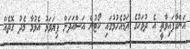
އަންގާފައިވާތީ އެ ދުވަހުގެ އަޑުއެހުމުގައި ކޯޓުން އަސްއަދަށް ފިޔަވަޅު އެޅުމާ މެދު ގޮތެއް